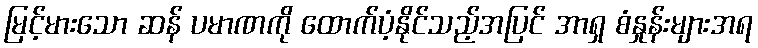
မြင့်မားသော ဆန် ပမာဏကို ထောက်ပံ့နိုင်သည့်အပြင် အာရှ စံနှုန်းများအရ